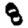
Digit: 8